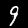
Digit: 9